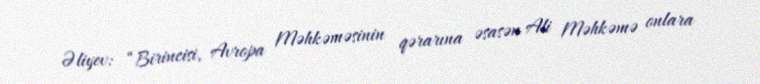
Əliyev: “Birincisi, Avropa Məhkəməsinin qərarına əsasən Ali Məhkəmə onlara